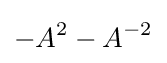
-A^{2}-A^{-2}